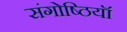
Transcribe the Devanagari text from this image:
संगोष्ठियॉ